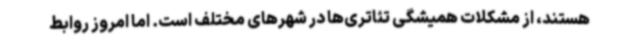
هستند، از مشکلات همیشگی تئاتری‌ها در شهرهای مختلف است. اما امروز روابط